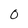
Character: 0